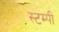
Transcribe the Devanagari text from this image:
स्टम्पी